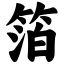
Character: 箔